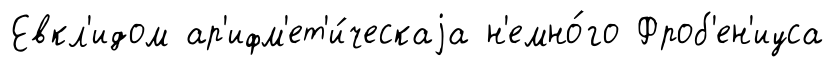
Евкл'идом ар'ифм'ет'и́ческаjа н'емно́го Фроб'ен'иуса